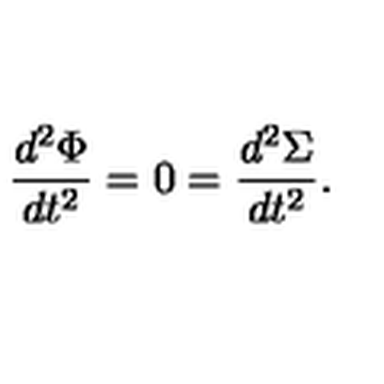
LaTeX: { \frac { d ^ { 2 } \Phi } { d t ^ { 2 } } } = 0 = { \frac { d ^ { 2 } \Sigma } { d t ^ { 2 } } } .